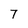
Character: 7